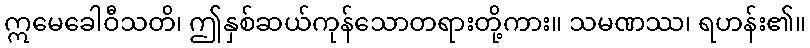
ဣမေခေါဝီသတိ၊ ဤနှစ်ဆယ်ကုန်သောတရားတို့ကား။ သမဏဿ၊ ရဟန်း၏။